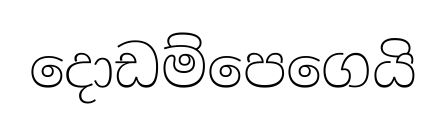
දොඩම්පෙගෙයි